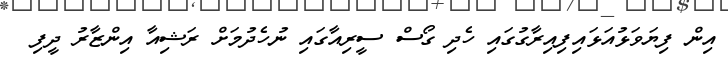
އިން ފިޔަވަޅުއަޅައިފިއިރާގުގައި ހެދި ގޯސް ސީރިއާގައި ނުހެދުމަށް ރަޝިއާ އިންޒާރު ދީފި